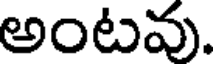
అంటవు.